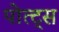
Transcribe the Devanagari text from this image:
पोत्ट्स